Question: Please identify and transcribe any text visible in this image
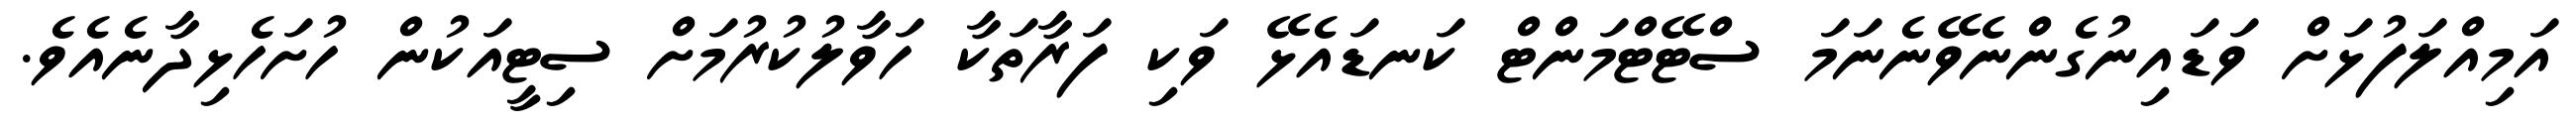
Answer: އަމިއްލަފުޅަށް ވަޑައިނުގެންނެވޭނެނަމަ ސްޓޭޓްމަންޓް ކަނޑައެޅޭ ވަކި ފަރާތަކާ ހަވާލުކުރުމަށް ސިޓީއަކުން ހުށަހެޅިދާނެއެވެ.